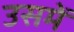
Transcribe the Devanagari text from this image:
उसमेँ